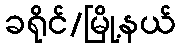
ခရိုင်/မြို့နယ်